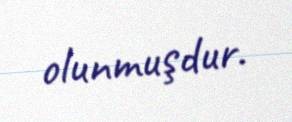
olunmuşdur.